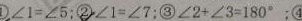
\textcircled { 1 } \angle 1 = \angle 5 ; \textcircled { 2 } \angle 1 = \angle 7 ; \textcircled { 3 } \angle 2 + \angle 3 = 1 8 0 ^ { \circ } ; \textcircled { 4 }